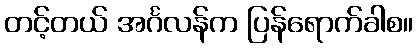
တင့်တယ် အင်္ဂလန်က ပြန်ရောက်ခါစ။